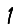
Digit: 1